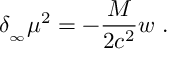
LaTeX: \delta _ { _ \infty } \mu ^ { 2 } = - { \frac { M } { 2 c ^ { 2 } } } w \ .